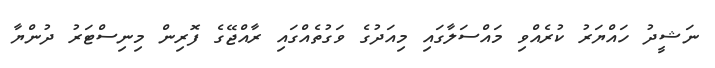
ނަޝީދު ހައްޔަރު ކުރެއްވި މައްސަލާގައި މިއަދުގެ ވަގުތެއްގައި ރާއްޖޭގެ ފޮރިން މިނިސްޓަރު ދުންޔާ